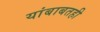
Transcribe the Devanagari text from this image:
यांबाबतही